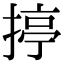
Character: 揨